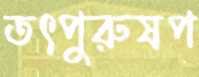
তৎপুরুষপ